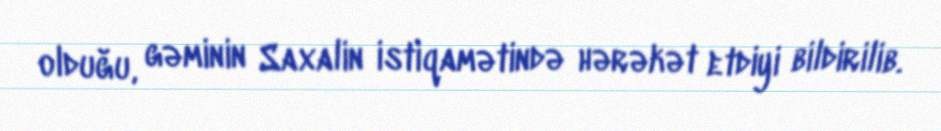
olduğu, gəminin Saxalin istiqamətində hərəkət etdiyi bildirilib.